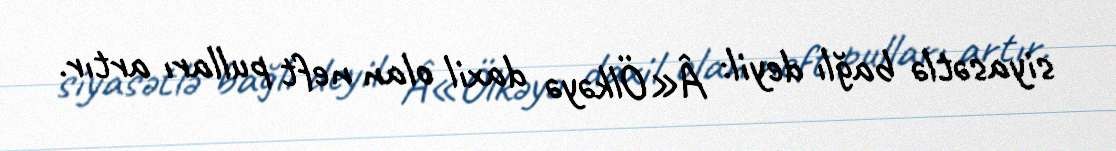
siyasətlə bağlı deyil: Â«Ölkəyə daxil olan neft pulları artır.